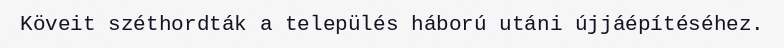
Köveit széthordták a település háború utáni újjáépítéséhez.